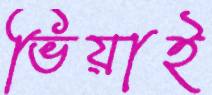
ভিয়াই